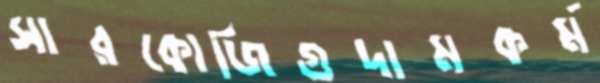
সারকোজিগুদামকর্ম